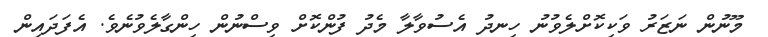
މޫނުން ނަޒަރު ވަކިކޮށްލެވުނު ހިނދު އެސުވާލާ މެދު ފުންކޮށް ވިސްނުން ހިންގާލެވުނެވެ. އެފަދައިން